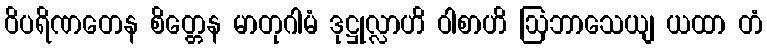
ဝိပရိဏတေန စိတ္တေန မာတုဂါမံ ဒုဋ္ဌုလ္လာဟိ ဝါစာဟိ ဩဘာသေယျ ယထာ တံ